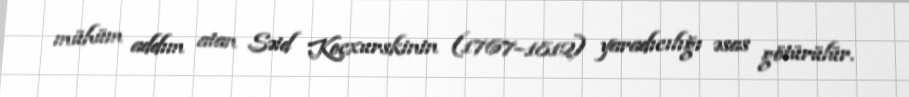
mühüm addım atan Səid Koçxurskinin (1767–1812) yaradıcılığı əsas götürülür.